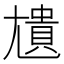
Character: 尵